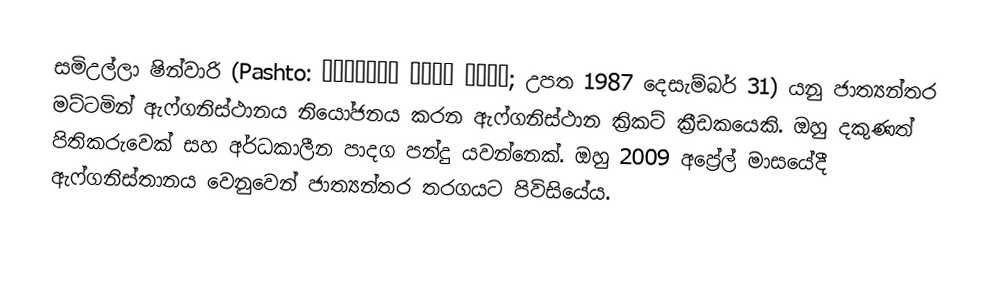
සමිඋල්ලා ෂින්වාරි (Pashto: سميع الله شينواري; උපත 1987 දෙසැම්බර් 31) යනු ජාත්‍යන්තර මට්ටමින් ඇෆ්ගනිස්ථානය නියෝජනය කරන ඇෆ්ගනිස්ථාන ක්‍රිකට් ක්‍රීඩකයෙකි. ඔහු දකුණත් පිතිකරුවෙක් සහ අර්ධකාලීන පාදග පන්දු යවන්නෙක්. ඔහු 2009 අප්‍රේල් මාසයේදී ඇෆ්ගනිස්තානය වෙනුවෙන් ජාත්‍යන්තර තරගයට පිවිසියේය.